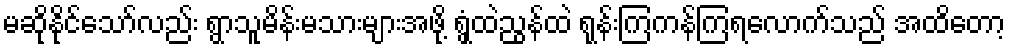
မဆိုနိုင်သော်လည်း ရွာသူမိန်းမသားများအဖို့ ရွှံ့ထဲညွန်ထဲ ရုန်းကြကန်ကြရလောက်သည် အထိတော့